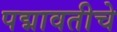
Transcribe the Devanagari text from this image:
पद्मावतीचे